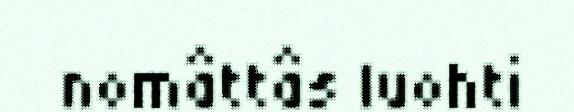
nomâttâs luohti